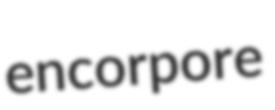
encorpore